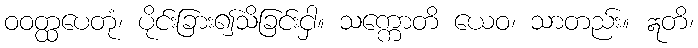
ဝဝတ္ထပေတုံ၊ ပိုင်းခြား၍သိခြင်းငှါ။ သက္ကောတိ ယေဝ၊ သာတည်း။ ဣတိ၊